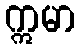
ဣမာ